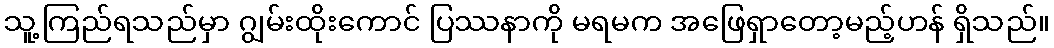
သူ့ကြည်ရသည်မှာ ဂျွမ်းထိုးကောင် ပြဿနာကို မရမက အဖြေရှာတော့မည့်ဟန် ရှိသည်။